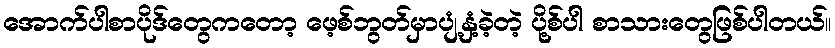
အောက်ပါစာပိုဒ်တွေကတော့ ဖေ့စ်ဘွတ်မှာပျံ့နှံ့ခဲ့တဲ့ ပို့စ်ပါ စာသားတွေဖြစ်ပါတယ်။